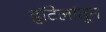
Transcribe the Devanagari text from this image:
हॉटेलांतून